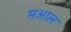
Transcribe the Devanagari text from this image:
मआल